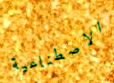
الاصطناعية